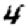
Digit: 4